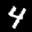
Label: 4